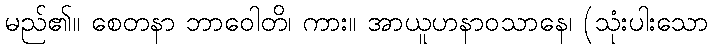
မည်၏။ စေတနာ ဘာဝေါတိ၊ ကား။ အာယူဟနာဝသာနေ၊ (သုံးပါးသော